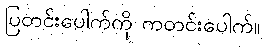
ပြတင်းပေါက်ကို ကတင်းပေါက်။